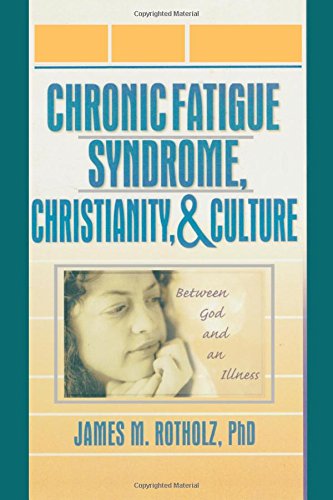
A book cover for Chronic Fatigue Syndrome, Christianity, and Culture: Between God and an Illness; Roberto Patarca Montero; Health, Fitness & Dieting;